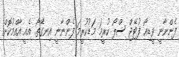
ފެންނާނީ ވީޑިއޯ ފުޓޭޖް ސްލޯ ކުރީމަ މަޑުކުރީމަ ފެންނާނީ އިނގޭތޯ. އެއީ އާއްމުކޮށް